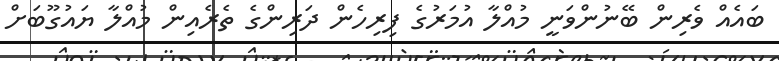
ބައެއް ވެރިން ބޭނުންވަނީ މުއްލާ އުމަރުގެ ފިރިހެން ދަރިންގެ ތެރެއިން މުއްލާ ޔައުގޫބަށް